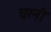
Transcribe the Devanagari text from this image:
घरनी